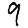
Digit: 9